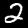
Digit: 2